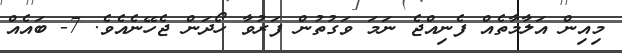
މިއިން އަލާމާތެއް ފެނިއްޖެ ނަމަ ވަގުތުން ފަރުވާ ހޯދަން ޖެހޭނެއެވެ. 7- ބައެއް